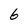
Character: 6